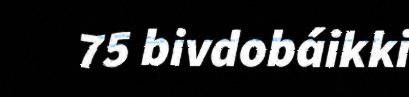
75 bivdobáikki